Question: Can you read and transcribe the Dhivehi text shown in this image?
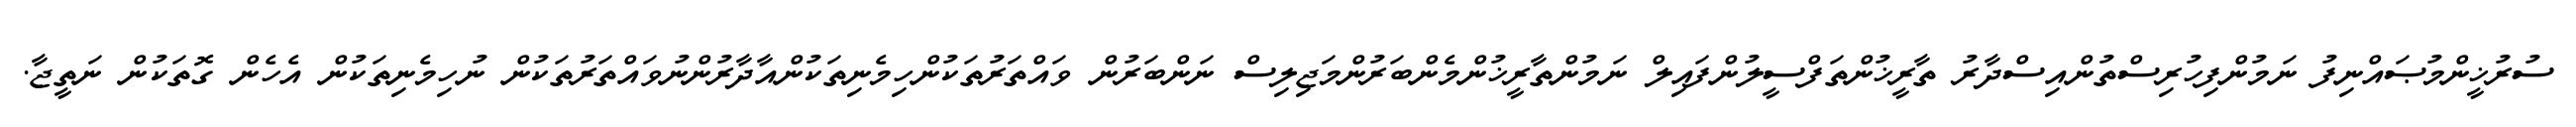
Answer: ސުރުޚީންމުޞައްނިފު ނަމުންފިހުރިސްތުންއިސްދާރު ތާރީޚުންތަފްސީލުންފައިލް ނަމުންތާރީޚުންމެންބަރުންމަޖިލިސް ނަންބަރުން ވައްތަރުތަކުންހިމެނިތަކުންއާދާރުންނުވައްތަރުތަކުން ނުހިމެނިތަކުން އެހެން ގޮތަކުން ނަތީޖާ.